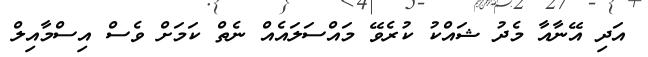
އަދި އޭނާއާ މެދު ޝައްކު ކުރެވޭ މައްސަލައެއް ނެތް ކަމަށް ވެސް އިސްމާއިލް